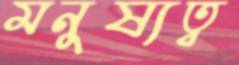
মনুষ্যত্ব